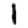
Digit: 1